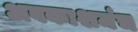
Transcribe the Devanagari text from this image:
अवकाशमंच